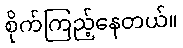
စိုက်ကြည့်နေတယ်။